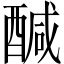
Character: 醎